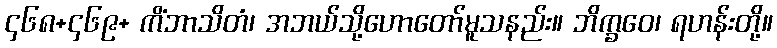
၄၆၈+၄၆၉+ ကိံဘာသိတံ၊ အဘယ်သို့ဟောတော်မူသနည်း။ ဘိက္ခဝေ၊ ရဟန်းတို့။